Document type: Sale
Year: 1423
Scribe: Joan Franc
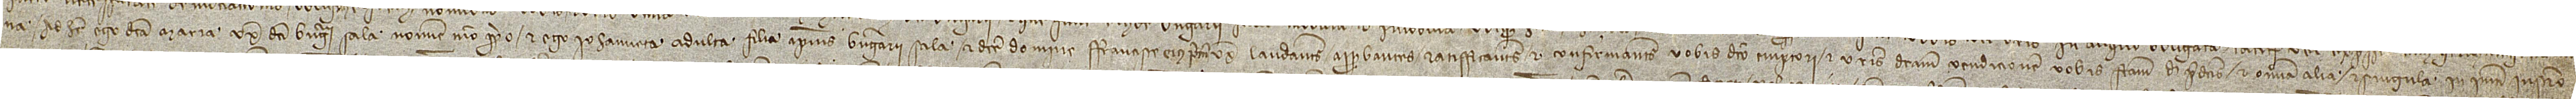
na. Ad hec ego dicta Maria, uxor dicti Berengarii Sala, nomine meo proprio, et ego Iohanneta, adulta, filia ipsius Berengarii Sala et dicte domine Francisce, eius prime uxoris, laudantes, approbantes, ratifficantes et confirmantes vobis dicto emptori et vestris dictam vendicionem vobis factam de predictis, et omnia alia et singula in presenti instrumento